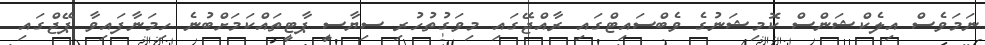
ނަމަވެސް އިލެކްޝަންސް ކޮމިޝަނުގެ ވެބްސައިޓްގައި ރާއްޖޭގައި މިވަގުތުހުރި ސިޔާސީ ޕާޓީތައްކަމަށްބުނެ ހިމަނާފައިވާ ޕޭޖްގައި